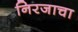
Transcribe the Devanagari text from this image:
निरजाचा